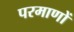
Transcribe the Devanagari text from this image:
परमाणों